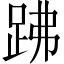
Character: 𧿳